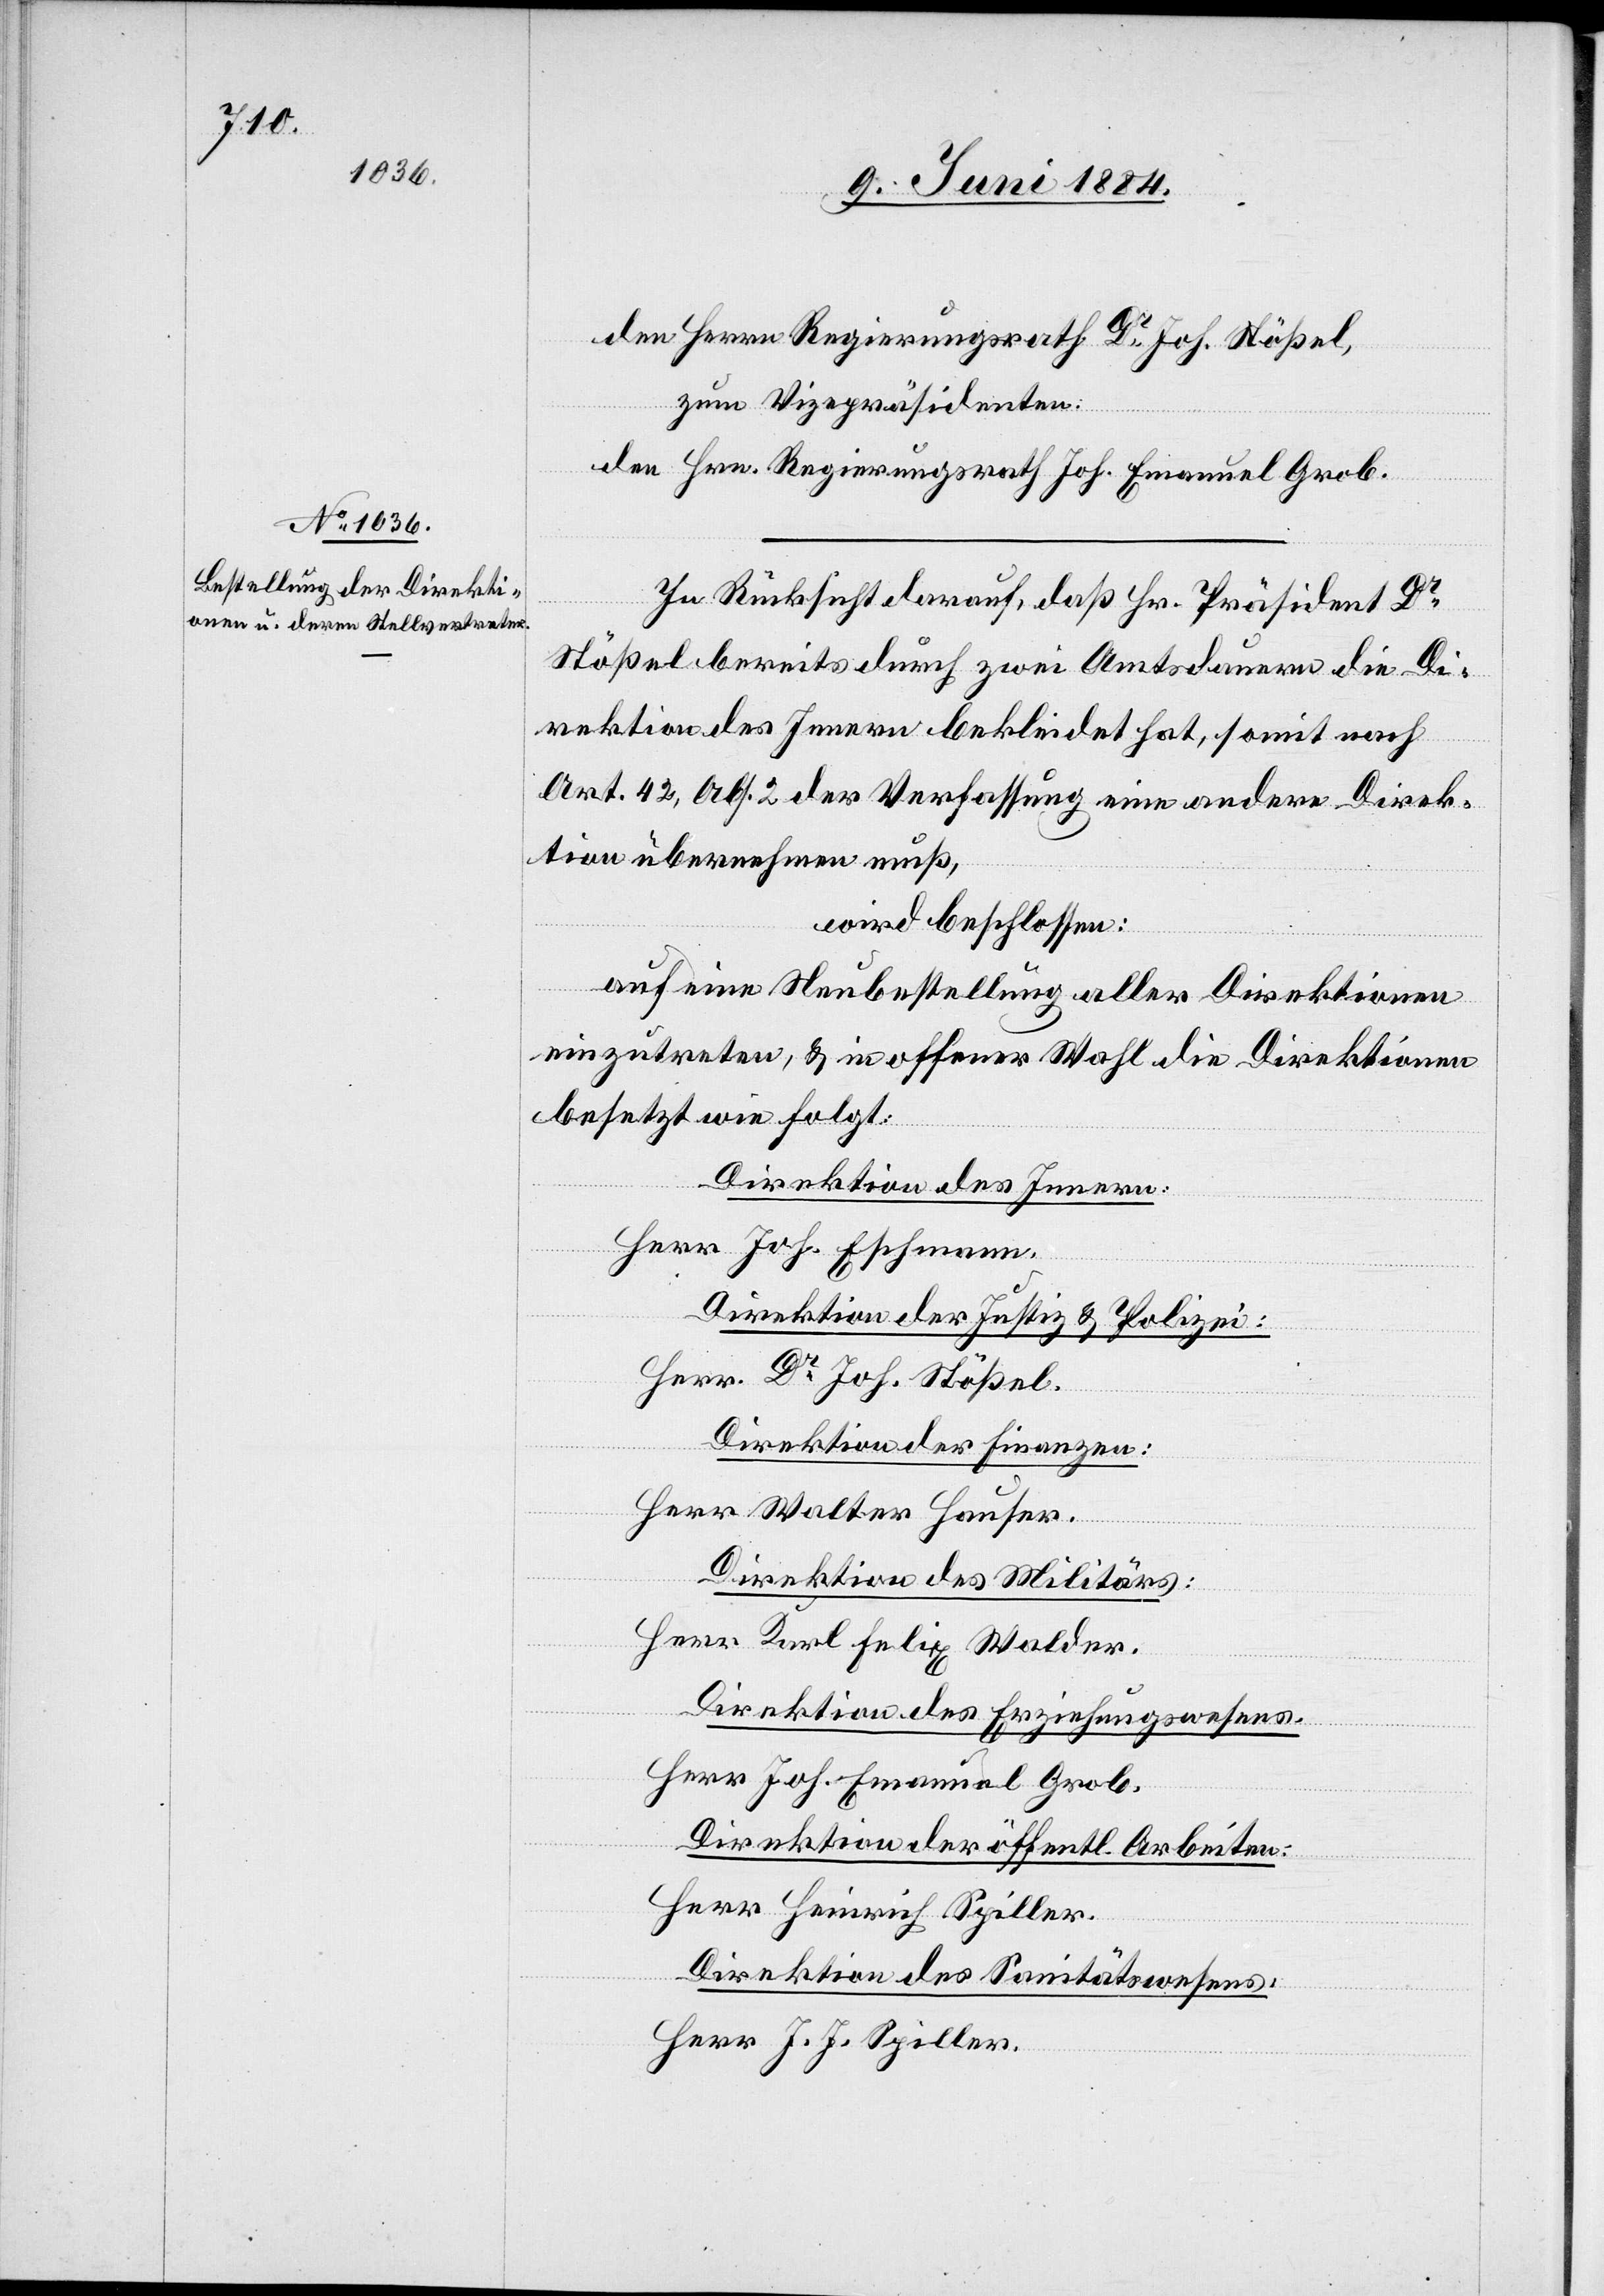
den Herrn Regierungsrath Dr Joh. Stößel,
zum Vizepräsidenten:
den Hrn. Regierungsrath Joh. Emanuel Grob.
In Rücksicht darauf, daß Hr. Präsident Dr
Stößel bereits durch zwei Amtsdauern die Di¬
rektion des Innern bekleidet hat, somit nach
Art. 42, Abs. 2 der Verfassung eine andere Direk¬
tion übernehmen muß,
wird beschlossen:
auf eine Neubestellung aller Direktionen
einzutreten, & in offener Wahl die Direktionen
besetzt wie folgt:
Direktion des Innern:
Herr Joh. Eschmann.
Direktion der Justiz & Polizei:
Herr Dr Joh. Stößel.
Direktion der Finanzen:
Herr Walter Hauser.
Direktion des Militärs:
Herr Karl Felix Walder.
Direktion des Erziehungswesens:
Herr Joh. Emanuel Grob.
Direktion der öffentl. Arbeiten:
Herr Heinrich Spiller.
Direktion des Sanitätswesens:
Herr J. J. Spiller.